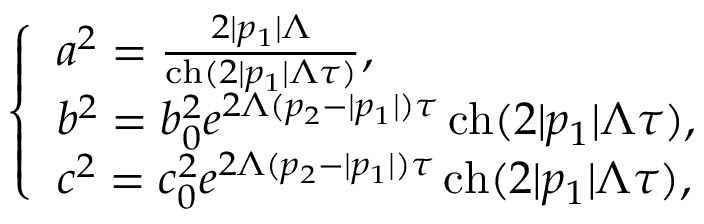
{ \left\{ \begin{array} { l l } { a ^ { 2 } = { \frac { 2 | p _ { 1 } | \Lambda } { \operatorname { c h } ( 2 | p _ { 1 } | \Lambda \tau ) } } , } \\ { b ^ { 2 } = b _ { 0 } ^ { 2 } e ^ { 2 \Lambda ( p _ { 2 } - | p _ { 1 } | ) \tau } \operatorname { c h } ( 2 | p _ { 1 } | \Lambda \tau ) , } \\ { c ^ { 2 } = c _ { 0 } ^ { 2 } e ^ { 2 \Lambda ( p _ { 2 } - | p _ { 1 } | ) \tau } \operatorname { c h } ( 2 | p _ { 1 } | \Lambda \tau ) , } \end{array} \right. }